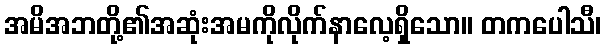
အမိအဘတို့၏အဆုံးအမကိုလိုက်နာလေ့ရှိသော။ တကပေါသီ၊